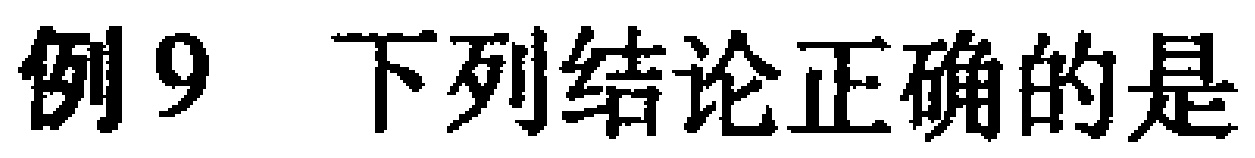
例9 下列结论正确的是